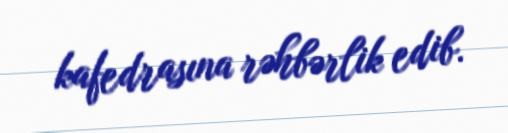
kafedrasına rəhbərlik edib.